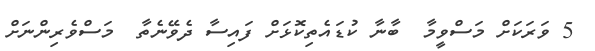
5 ވަރަކަށް މަސްވީމާ  ބާނާ ކުޑައެތިކޮޅަށް ފައިސާ ދެވޭނެތާ  މަސްވެރިންނަށް